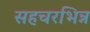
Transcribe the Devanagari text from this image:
सहचरभिन्न